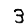
Digit: 3